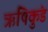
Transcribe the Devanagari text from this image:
ऋषिकुंड